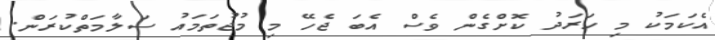
އެކަމަކު މި ހަރަދު ކޮށްގެން ވެސް އެބަ ޖެހޭ މި މުޖުތަމައު ސަލާމަތްކުރަން.